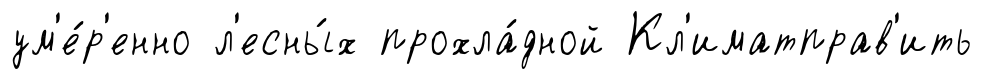
ум'е́р'енно л'есны́х прохла́дной Кл'иматправ'ить